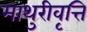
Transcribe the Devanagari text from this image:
माथुरीवृत्ति